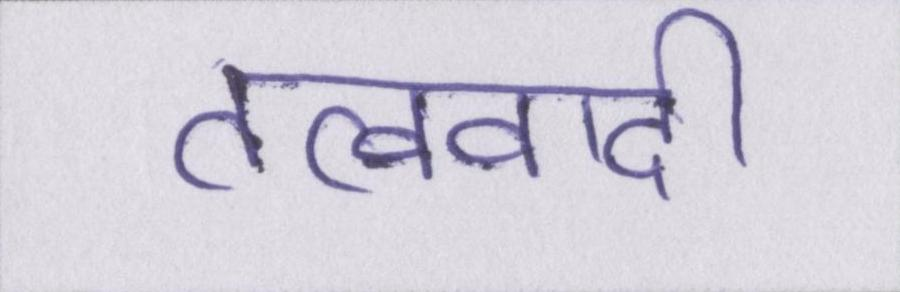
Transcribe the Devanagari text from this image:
तत्ववादी